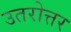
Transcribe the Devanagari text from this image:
उतरोत्तर